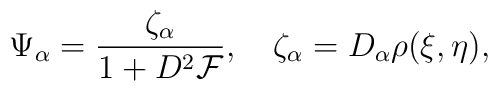
\Psi_\alpha={\zeta_\alpha\over{ 1+D^2{\cal F}}}, \quad\zeta_\alpha=D_\alpha \rho(\xi,\eta),